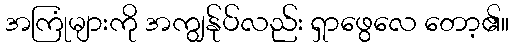
အကြုံများကို အကျွန်ုပ်လည်း ရှာဖွေလေ တော့၏။